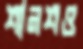
শানশও